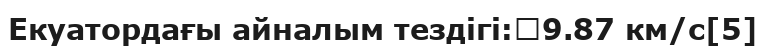
Екуатордағы айналым тездігі:	9.87 км/с[5]